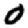
Digit: 0